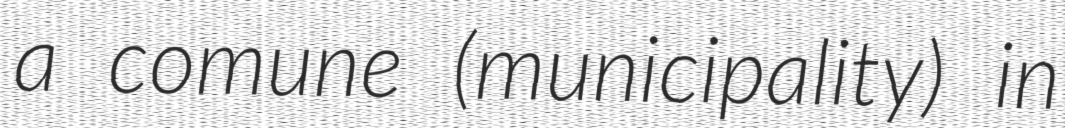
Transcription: a comune (municipality) in